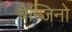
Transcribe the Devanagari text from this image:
बेन्जिनो